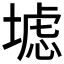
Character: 𱗠